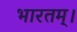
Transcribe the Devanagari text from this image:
भारतम्।